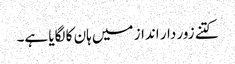
کتنے زور دار انداز میں ہان کا لگایا ہے۔